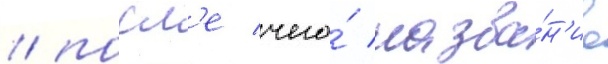
/ посл'е чего́ назва́н'ие